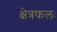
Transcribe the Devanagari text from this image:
क्षेत्रफलः